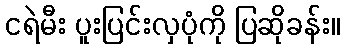
ငရဲမီး ပူးပြင်းလှပုံကို ပြဆိုခန်း။